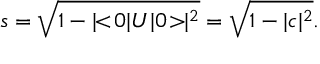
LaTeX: s = \sqrt { 1 - | \! \! < \! 0 | U | 0 \! > \! \! | ^ { 2 } } = \sqrt { 1 - | c | ^ { 2 } } .